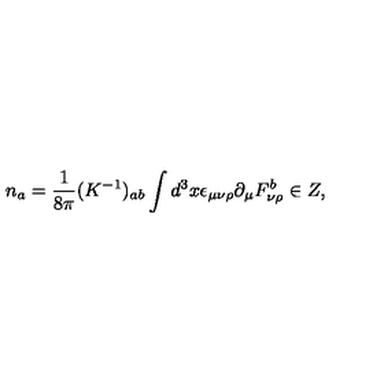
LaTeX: n _ { a } = \frac { 1 } { 8 \pi } ( K ^ { - 1 } ) _ { a b } \int d ^ { 3 } x \epsilon _ { \mu \nu \rho } \partial _ { \mu } F _ { \nu \rho } ^ { b } \in Z ,